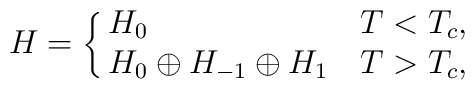
H=\cases{H_0&$T<T_c,$\cr H_0\oplus H_{-1}\oplus H_1&$T>T_c$,}